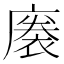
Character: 𢊭